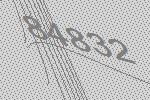
84832